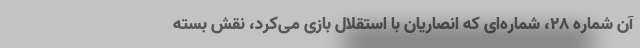
آن شماره ۲۸، شماره‌ای که انصاریان با استقلال بازی می‌کرد، نقش بسته